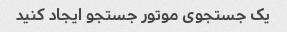
یک جستجوی موتور جستجو ایجاد کنید